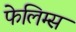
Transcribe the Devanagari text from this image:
फेलिम्स